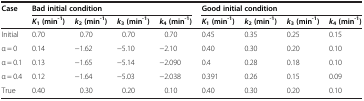
| <ROWSPAN=2> Case | <COLSPAN=4> Bad initial condition | <COLSPAN=4> Good initial condition |
 | K1 (min-1) | k2 (min-1) | k3 (min-1) | k4 (min-1) | K1 (min-1) | k2 (min-1) | k3 (min-1) | k4 (min-1) |
 | --- | --- | --- | --- | --- | --- | --- | --- | --- |
 | Initial | 0.70 | 0.70 | 0.70 | 0.70 | 0.45 | 0.35 | 0.25 | 0.15 |
 | α = 0 | 0.14 | −1.62 | −5.10 | −2.10 | 0.40 | 0.30 | 0.20 | 0.10 |
 | α = 0.1 | 0.13 | −1.65 | −5.14 | −2.090 | 0.4 | 0.28 | 0.18 | 0.10 |
 | α = 0.4 | 0.12 | −1.64 | −5.03 | −2.038 | 0.391 | 0.26 | 0.15 | 0.09 |
 | True | 0.40 | 0.30 | 0.20 | 0.10 | 0.40 | 0.30 | 0.20 | 0.10 |